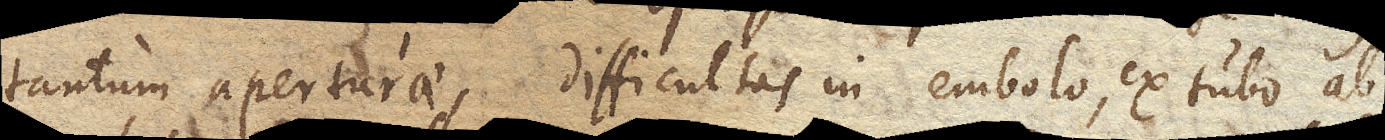
tantum aperturae, difficultas in embolo, ex tubo ab